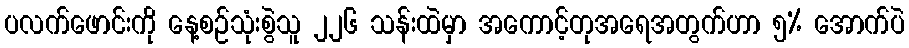
ပလက်ဖောင်းကို နေ့စဉ်သုံးစွဲသူ ၂၂၆ သန်းထဲမှာ အကောင့်တုအရေအတွက်ဟာ ၅% အောက်ပဲ